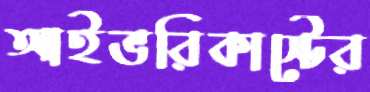
আইভরিকাস্টের